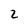
Character: 2